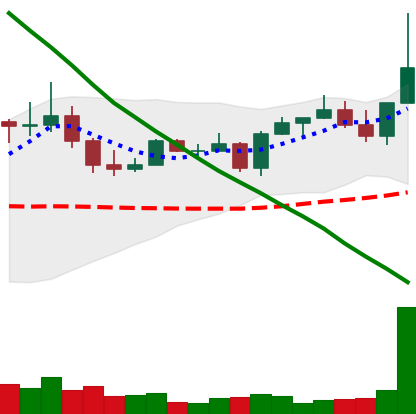
Ticker: EOS-USD
Chart end date: 2022-08-17
Forward return: 24.739%
Label: up_7plus